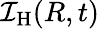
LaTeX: {\cal I}_{\mathrm{H}}(R,t)